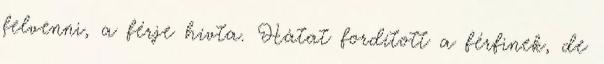
felvenni, a férje hívta. Hátat fordított a férfinek, de